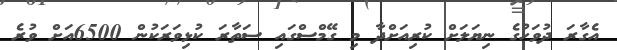
އެގާރަ ދުވަހުގެ ނިޔަލަށް ކުރިއަށްދާ މި ގޭމްސްގައި ސަތާރަ ކުޅިވަރަކުން 6500އަށް ވުރެ